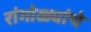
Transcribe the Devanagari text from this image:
रांगोळ्यांचे